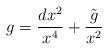
LaTeX: \begin{align*}g=\frac{dx^2}{x^4}+\frac{\tilde g}{x^2}\end{align*}